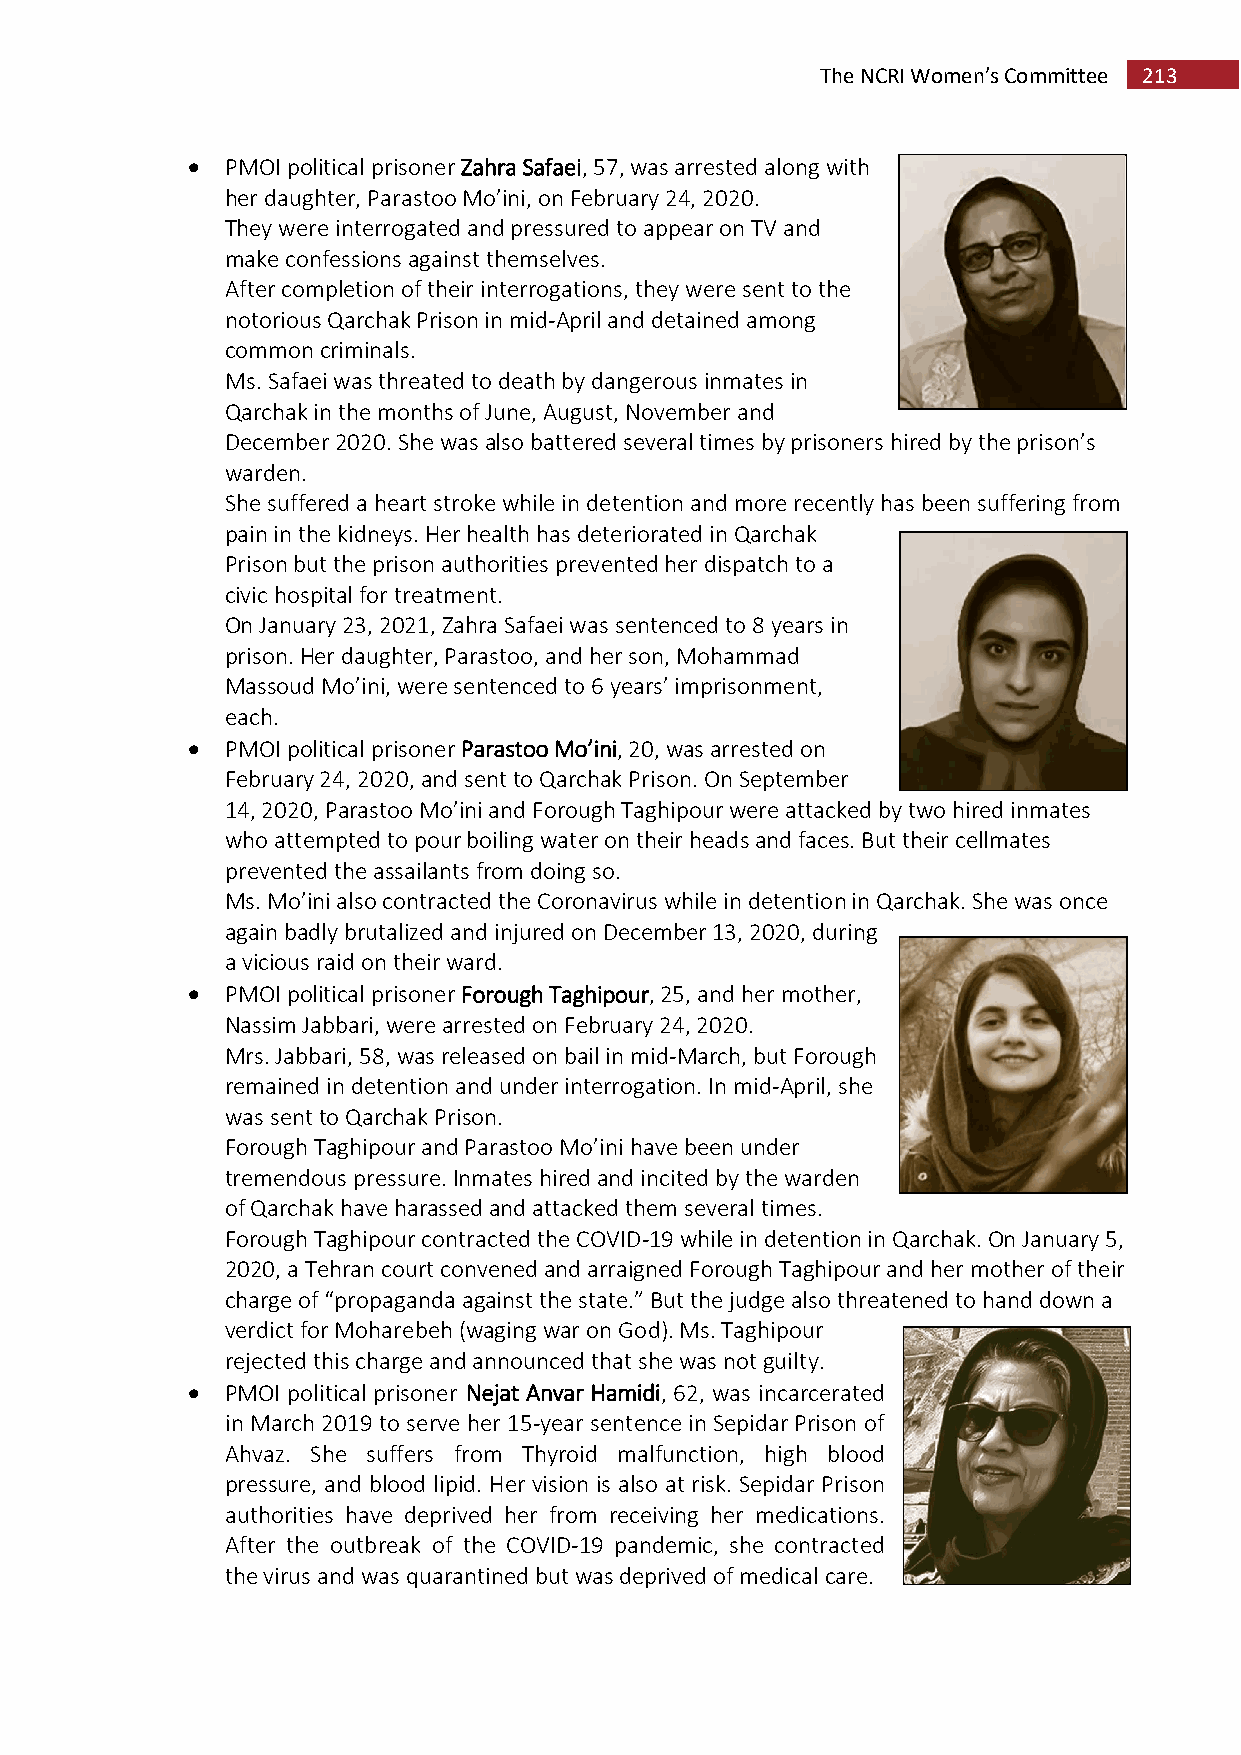
The NCRI Women’s Committee 213
   PMOI political prisoner Zahra Safaei, 57, was arrested along with
 her daughter, Parastoo Mo’ini, on February 24, 2020.
 They were interrogated and pressured to appear on TV and
 make confessions against themselves.
 After completion of their interrogations, they were sent to the
 notorious Qarchak Prison in mid-April and detained among
 common criminals.
 Ms. Safaei was threated to death by dangerous inmates in
 Qarchak in the months of June, August, November and
 December 2020. She was also battered several times by prisoners hired by the prison’s
 warden.
 She suffered a heart stroke while in detention and more recently has been suffering from
 pain in the kidneys. Her health has deteriorated in Qarchak
 Prison but the prison authorities prevented her dispatch to a
 civic hospital for treatment.
 On January 23, 2021, Zahra Safaei was sentenced to 8 years in
 prison. Her daughter, Parastoo, and her son, Mohammad
 Massoud Mo’ini, were sentenced to 6 years’ imprisonment,
 each.
   PMOI political prisoner Parastoo Mo’ini, 20, was arrested on
 February 24, 2020, and sent to Qarchak Prison. On September
 14, 2020, Parastoo Mo’ini and Forough Taghipour were attacked by two hired inmates
 who attempted to pour boiling water on their heads and faces. But their cellmates
 prevented the assailants from doing so.
 Ms. Mo’ini also contracted the Coronavirus while in detention in Qarchak. She was once
 again badly brutalized and injured on December 13, 2020, during
 a vicious raid on their ward.
   PMOI political prisoner Forough Taghipour, 25, and her mother,
 Nassim Jabbari, were arrested on February 24, 2020.
 Mrs. Jabbari, 58, was released on bail in mid-March, but Forough
 remained in detention and under interrogation. In mid-April, she
 was sent to Qarchak Prison.
 Forough Taghipour and Parastoo Mo’ini have been under
 tremendous pressure. Inmates hired and incited by the warden
 of Qarchak have harassed and attacked them several times.
 Forough Taghipour contracted the COVID-19 while in detention in Qarchak. On January 5,
 2020, a Tehran court convened and arraigned Forough Taghipour and her mother of their
 charge of “propaganda against the state.” But the judge also threatened to hand down a
 verdict for Moharebeh (waging war on God). Ms. Taghipour
 rejected this charge and announced that she was not guilty.
   PMOI political prisoner Nejat Anvar Hamidi, 62, was incarcerated
 in March 2019 to serve her 15-year sentence in Sepidar Prison of
 Ahvaz. She suffers from Thyroid malfunction, high blood
 pressure, and blood lipid. Her vision is also at risk. Sepidar Prison
 authorities have deprived her from receiving her medications.
 After the outbreak of the COVID-19 pandemic, she contracted
 the virus and was quarantined but was deprived of medical care.